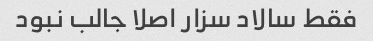
فقط سالاد سزار اصلا جالب نبود